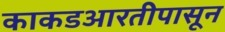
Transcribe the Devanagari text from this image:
काकडआरतीपासून